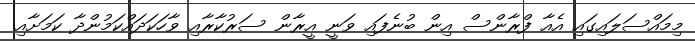
މިމައްސަލައިގައި އެއާ ފްރާންސް އިން ބުނެފައި ވަނީ އީރާން ސަރުކާރާއި ވާހަކަދައްކަމުންދާ ކަމަށާއި